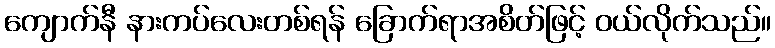
ကျောက်နီ နားကပ်လေးတစ်ရန် ခြောက်ရာအစိတ်ဖြင့် ဝယ်လိုက်သည်။